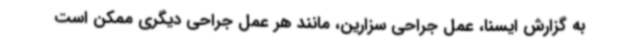
به گزارش ایسنا، عمل جراحی سزارین، مانند هر عمل جراحی دیگری ممکن است